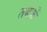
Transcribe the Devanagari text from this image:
तबक़ें